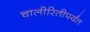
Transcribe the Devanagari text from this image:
चालीरितीपर्यंत